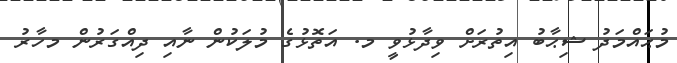
މުޙައްމަދު ޝިޙާބު އިތުރަށް ވިދާޅުވީ މ. އަތޮޅުގެ މުލަކުން ނާއި ދިއްގަރުން މހާރު